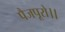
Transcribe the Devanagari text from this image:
पैजपूरो।।